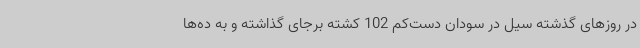
در روزهای گذشته سیل در سودان دست‌کم 102 کشته برجای گذاشته و به ده‌ها